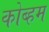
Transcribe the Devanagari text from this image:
कोब्हम